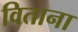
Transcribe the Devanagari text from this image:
विताना